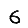
Digit: 6